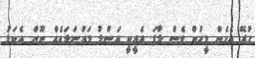
ހުރޭ އެހެން މީހުން ވެސް ލާފަ. އެއީކީ އަސްލު މައްސަލައެއް ނޫން. އެކަމު